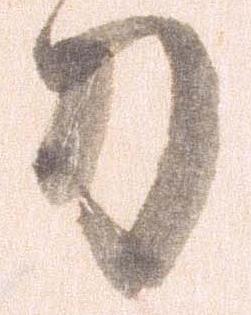
刀